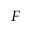
{ } _ { F } { } _ { \ }